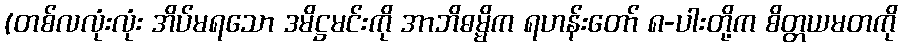
(တစ်လလုံးလုံး အိပ်မရသော ဒမိဋ္ဌမင်းကို အာဘိဓမ္မိက ရဟန်းတော် ၈-ပါးတို့က စိတ္တယမတကို